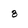
Character: 8